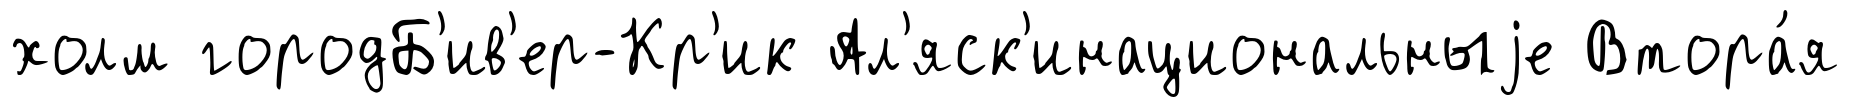
холм городБ'ив'ер-Кр'ик Ал'яск'инациональныjе Втора́я